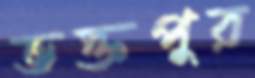
ভক্তপুর